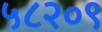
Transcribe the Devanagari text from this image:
५८२०९